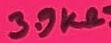
Text: 3.9KΩ